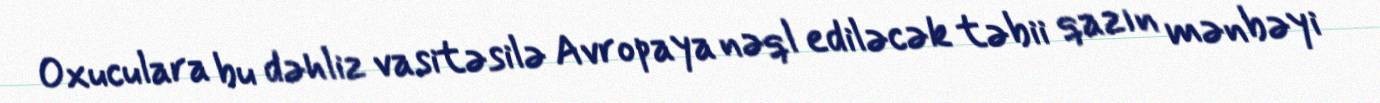
Oxuculara bu dəhliz vasitəsilə Avropaya nəql ediləcək təbii qazın mənbəyi -